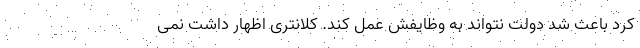
کرد باعث شد دولت نتواند به وظایفش عمل کند. کلانتری اظهار داشت نمی